Report of the Indian Hemp Drugs Commission, 1894-1895 - Volume IV
Year: 1894
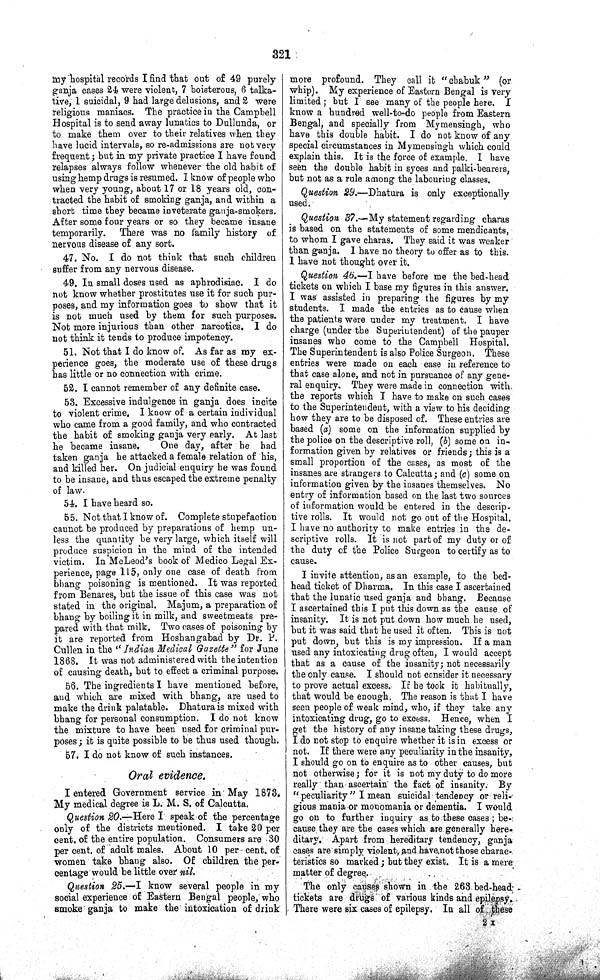
321
my hospital records I find that out of 49 purely
ganja cases 24 were violent, 7 boisterous, 6 talka-
tive, 1 suicidal, 9 had large delusions, and 2 were
religious maniacs. The practice in the Campbell
Hospital is to send away lunatics to Dullunda, or
to make them over to their relatives when they
have lucid intervals, so re-admissions are not very
frequent; but in my private practice I have found
relapses always follow whenever the old habit of
using hemp drugs is resumed. I know of people who
when very young, about 17 or 18 years old, con-
tracted the habit of smoking ganja, and within a
short time they became inveterate ganja-smokers.
After some four years or so they became insane
temporarily.
There was no family history of
nervous disease of any sort.
47. No. I do not think that such children
suffer from any nervous disease.
49. In small doses used as aphrodisiac. I do
not know whether prostitutes use it for such pur-
poses, and my information goes to show that it
is not much used by them for such purposes.
Not more injurious than other narcotics. I do
not think it tends to produce impotency.
51. Not that I do know of. As far as my ex-
perience goes, the moderate use of these drugs
has little or no connection with crime.
52. I cannot remember of any definite case.
53. Excessive indulgence in ganja does incite
to violent crime. I know of a certain individual
who came from a good family, and who contracted
the habit of smoking ganja very early. At last
he became insane.
One day, after he had
taken ganja he attacked a female relation of his,
and killed her. On judicial enquiry he was found
to be insane, and thus escaped the extreme penalty
of law.
54. I have heard so.
55. Not that I know of. Complete stupefaction
cannot be produced by preparations of hemp un-
less the quantity be very large, which itself will
produce suspicion in the mind of the intended
victim. In McLeod's book of Medico Legal Ex-
perience, page 115, only one case of death from
bhang poisoning is mentioned. It was reported
from Benares, but the issue of this case was not
stated in the original. Majum, a preparation of
bhang by boiling it in milk, and sweetmeats pre-
pared with that milk. Two cases of poisoning by
it are reported from Hoshangabad by Dr. P.
Cullen in the "Indian Medical Gazette" for June
1868. It was not administered with the intention
of causing death, but to effect a criminal purpose.
56. The ingredients I have mentioned before,
and which are mixed with bhang, are used to
make the drink palatable. Dhatura is mixed with
bhang for personal consumption. I do not know
the mixture to have been used for criminal pur-
poses; it is quite possible to be thus used though.
57. I do not know of such instances.
Oral evidence.
I entered Government service in May 1873.
My medical degree is L. M. S. of Calcutta.
Question 20.—Here I speak of the percentage
only of the districts mentioned. I take 20 per
cent. of the entire population. Consumers are 30
per cent. of adult males. About 10 per cent. of
women take bhang also. Of children the per-
centage would be little over nil.
Question 25.—I know several people in my
social experience of Eastern Bengal people, who
smoke ganja to make the intoxication of drink
more profound. They call it "chabuk" (or
whip). My experience of Eastern Bengal is very
limited; but I see many of the people here. I
know a hundred well-to-do people from Eastern
Bengal, and specially from Mymensingh, who
have this double habit. I do not know of any
special circumstances in Mymensingh which could
explain this. It is the force of example. I have
seen the double habit in syces and palki-bearers,
but not as a rule among the labouring classes.
Question 29.—Dhatura is only exceptionally
used.
Question 37.—My statement regarding charas
is based on the statements of some mendicants,
to whom I gave charas. They said it was weaker
than ganja. I have no theory to offer as to this.
I have not thought over it.
Question 46.—I have before me the bed-head
tickets on which I base my figures in this answer.
I was assisted in preparing the figures by my
students. I made the entries as to cause when
the patients were under my treatment. I have
charge (under the Superintendent) of the pauper
insanes who come to the Campbell Hospital.
The Superintendent is also Police Surgeon. These
entries were made on each case in reference to
that case alone, and not in pursuance of any gene-
ral enquiry. They were made in connection with
the reports which I have to make on such cases
to the Superintendent, with a view to his deciding
how they are to be disposed of. These entries are
based (a) some on the information supplied by
the police on the descriptive roll, (b) some on in-
formation given by relatives or friends; this is a
small proportion of the cases, as most of the
insanes are strangers to Calcutta; and (c) some on
information given by the insanes themselves. No
entry of information based on the last two sources
of information would be entered in the descrip-
tive rolls. It would not go out of the Hospital.
I have no authority to make entries in the de-
scriptive rolls. It is not part of my duty or of
the duty of the Police Surgeon to certify as to
cause.
I invite attention, as an example, to the bed-
head ticket of Dharma. In this case I ascertained
that the lunatic used ganja and bhang. Because
I ascertained this I put this down as the cause of
insanity. It is not put down how much he used,
but it was said that he used it often. This is not
put down, but this is my impression. If a man
used any intoxicating drug often, I would accept
that as a cause of the insanity; not necessarily
the only cause. I should not consider it necessary
to prove actual excess. If he took it habitually,
that would be enough. The reason is that I have
seen people of weak mind, who, if they take any
intoxicating drug, go to excess. Hence, when I
get the history of any insane taking these drugs,
I do not stop to enquire whether it is in excess or
not. If there were any peculiarity in the insanity,
I should go on to enquire as to other causes, but
not otherwise; for it is not my duty to do more
really than ascertain the fact of insanity. By
"peculiarity" I mean suicidal tendency or reli-
gious mania or monomania or dementia. I would
go on to further inquiry as to these cases; be-
cause they are the cases which are generally here-
ditary. Apart from hereditary tendency, ganja
cases are simply violent, and have not those charac-
teristics so marked; but they exist. It is a mere
matter of degree.
The only causes shown in the 263 bed-head
tickets are drugs of various kinds and epilepsy.
There were six cases of epilepsy. In all of these
2 X